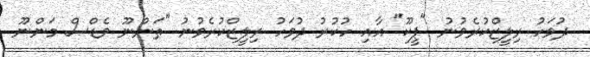
ދުވަހު ރިލީޒްކުރެވުނު "ޕީކޫ" އާއި ހުކުރު ދުވަހު ރިލީޒްކުރެވުނު "ތަންނޫ ވެޑްސް މަންނޫ